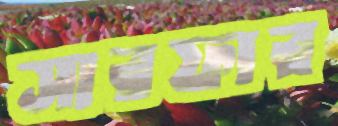
সারফার